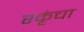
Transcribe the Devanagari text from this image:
रकृंचा